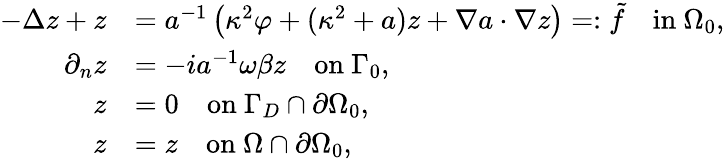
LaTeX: \begin{array}{rl}{-\Delta z+z}&{=a^{-1}\left(\kappa^{2}\varphi+(\kappa^{2}+a)z+\nabla a\cdot\nabla z\right)=:\tilde{f}\quad\mathrm{in~}\Omega_{0},}\\ {\partial_{n}z}&{=-ia^{-1}\omega\beta z\quad\mathrm{on~}\Gamma_{0},}\\ {z}&{=0\quad\mathrm{on~}\Gamma_{D}\cap\partial\Omega_{0},}\\ {z}&{=z\quad\mathrm{on~}\Omega\cap\partial\Omega_{0},}\end{array}